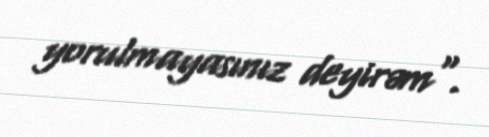
yorulmayasınız deyirəm".